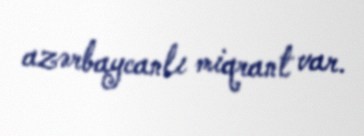
azərbaycanlı miqrant var.